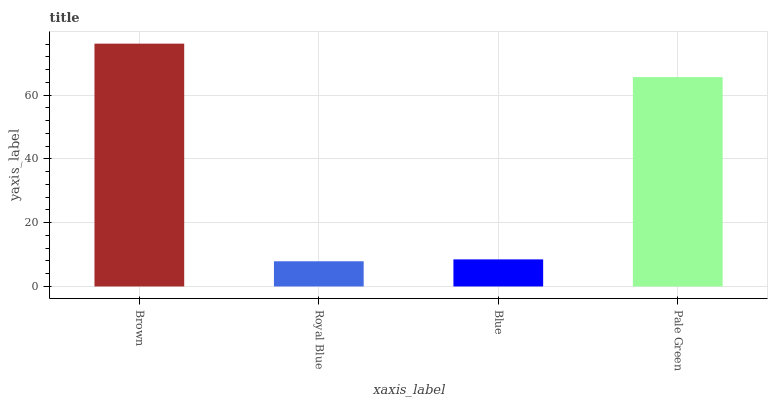
| xaxis_label | bars |
 | --- | --- |
 | Brown | 76.2 |
 | Royal Blue | 7.9 |
 | Blue | 8.49 |
 | Pale Green | 65.7 |